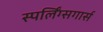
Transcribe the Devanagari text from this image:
स्पर्लिंग्सगार्स